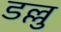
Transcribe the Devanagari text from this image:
डल्लु